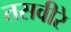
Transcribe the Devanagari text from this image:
तसवीरे